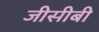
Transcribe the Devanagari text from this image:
जीसीबी